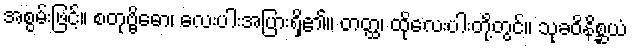
အစွမ်းဖြင့်။ စတုဗ္ဗိဓော၊ လေးပါးအပြားရှိ၏။ တတ္ထ၊ ထိုလေးပါးတို့တွင်။ သုခဝိနိစ္ဆယံ